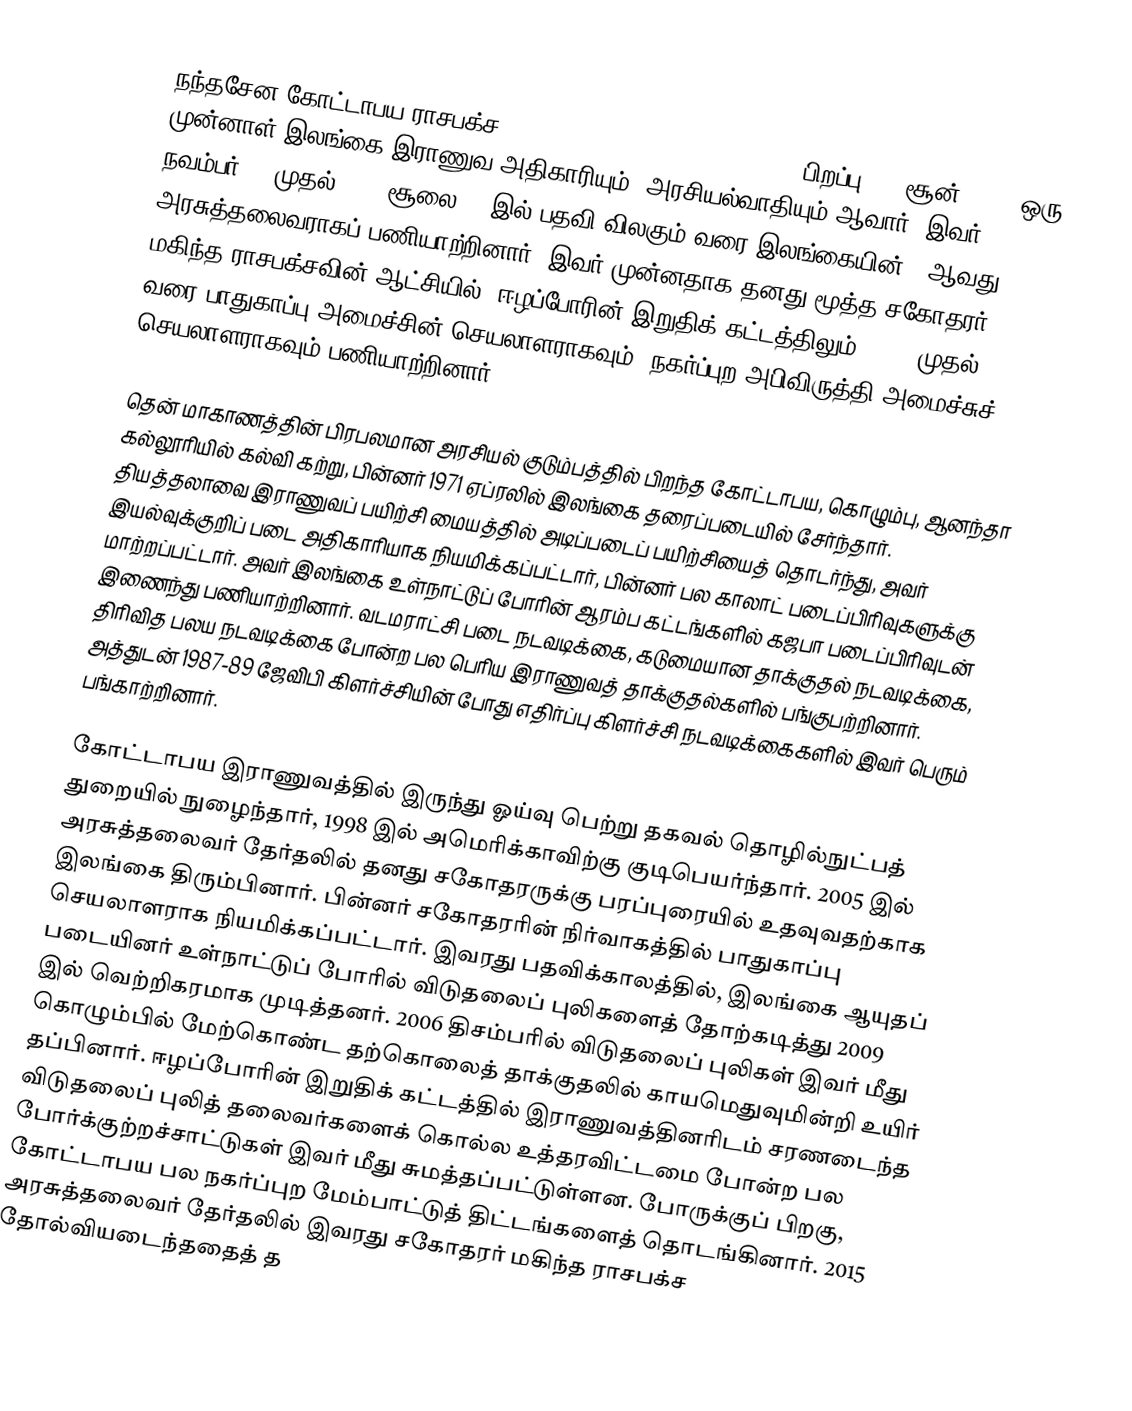
நந்தசேன கோட்டாபய ராசபக்ச (Nandasena Gotabaya Rajapaksa; ; பிறப்பு: 20 சூன் 1949) ஒரு முன்னாள் இலங்கை இராணுவ அதிகாரியும், அரசியல்வாதியும் ஆவார். இவர் 2019 நவம்பர் 18 முதல் 2022 சூலை 14 இல் பதவி விலகும் வரை இலங்கையின் 8-ஆவது அரசுத்தலைவராகப் பணியாற்றினார். இவர் முன்னதாக தனது மூத்த சகோதரர் மகிந்த ராசபக்சவின் ஆட்சியில் (ஈழப்போரின் இறுதிக் கட்டத்திலும்) 2005 முதல் 2015 வரை பாதுகாப்பு அமைச்சின் செயலாளராகவும், நகர்ப்புற அபிவிருத்தி அமைச்சுச் செயலாளராகவும் பணியாற்றினார்.

தென் மாகாணத்தின் பிரபலமான அரசியல் குடும்பத்தில் பிறந்த கோட்டாபய, கொழும்பு, ஆனந்தா கல்லூரியில் கல்வி கற்று, பின்னர் 1971 ஏப்ரலில் இலங்கை தரைப்படையில் சேர்ந்தார். தியத்தலாவை இராணுவப் பயிற்சி மையத்தில் அடிப்படைப் பயிற்சியைத் தொடர்ந்து, அவர் இயல்வுக்குறிப் படை அதிகாரியாக நியமிக்கப்பட்டார், பின்னர் பல காலாட் படைப்பிரிவுகளுக்கு மாற்றப்பட்டார். அவர் இலங்கை உள்நாட்டுப் போரின் ஆரம்ப கட்டங்களில் கஜபா படைப்பிரிவுடன் இணைந்து பணியாற்றினார். வடமராட்சி படை நடவடிக்கை, கடுமையான தாக்குதல் நடவடிக்கை, திரிவித பலய நடவடிக்கை போன்ற பல பெரிய இராணுவத் தாக்குதல்களில் பங்குபற்றினார். அத்துடன் 1987-89 ஜேவிபி கிளர்ச்சியின் போது எதிர்ப்பு கிளர்ச்சி நடவடிக்கைகளில் இவர் பெரும் பங்காற்றினார்.

கோட்டாபய இராணுவத்தில் இருந்து ஓய்வு பெற்று தகவல் தொழில்நுட்பத் துறையில் நுழைந்தார், 1998 இல் அமெரிக்காவிற்கு குடிபெயர்ந்தார். 2005 இல் அரசுத்தலைவர் தேர்தலில் தனது சகோதரருக்கு பரப்புரையில் உதவுவதற்காக இலங்கை திரும்பினார். பின்னர் சகோதரரின் நிர்வாகத்தில் பாதுகாப்பு செயலாளராக நியமிக்கப்பட்டார். இவரது பதவிக்காலத்தில், இலங்கை ஆயுதப் படையினர் உள்நாட்டுப் போரில் விடுதலைப் புலிகளைத் தோற்கடித்து 2009 இல் வெற்றிகரமாக முடித்தனர். 2006 திசம்பரில் விடுதலைப் புலிகள் இவர் மீது கொழும்பில் மேற்கொண்ட தற்கொலைத் தாக்குதலில் காயமெதுவுமின்றி உயிர் தப்பினார். ஈழப்போரின் இறுதிக் கட்டத்தில் இராணுவத்தினரிடம் சரணடைந்த விடுதலைப் புலித் தலைவர்களைக் கொல்ல உத்தரவிட்டமை போன்ற பல போர்க்குற்றச்சாட்டுகள் இவர் மீது சுமத்தப்பட்டுள்ளன. போருக்குப் பிறகு, கோட்டாபய பல நகர்ப்புற மேம்பாட்டுத் திட்டங்களைத் தொடங்கினார். 2015 அரசுத்தலைவர் தேர்தலில் இவரது சகோதரர் மகிந்த ராசபக்ச தோல்வியடைந்ததைத் த